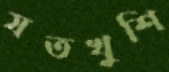
যতখুশি